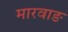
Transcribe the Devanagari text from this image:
मारवाङ